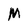
Character: M